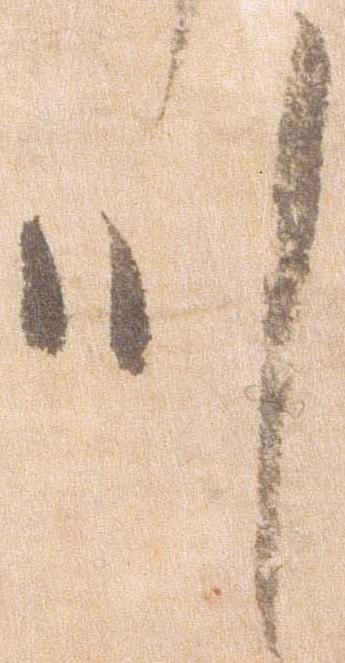
川